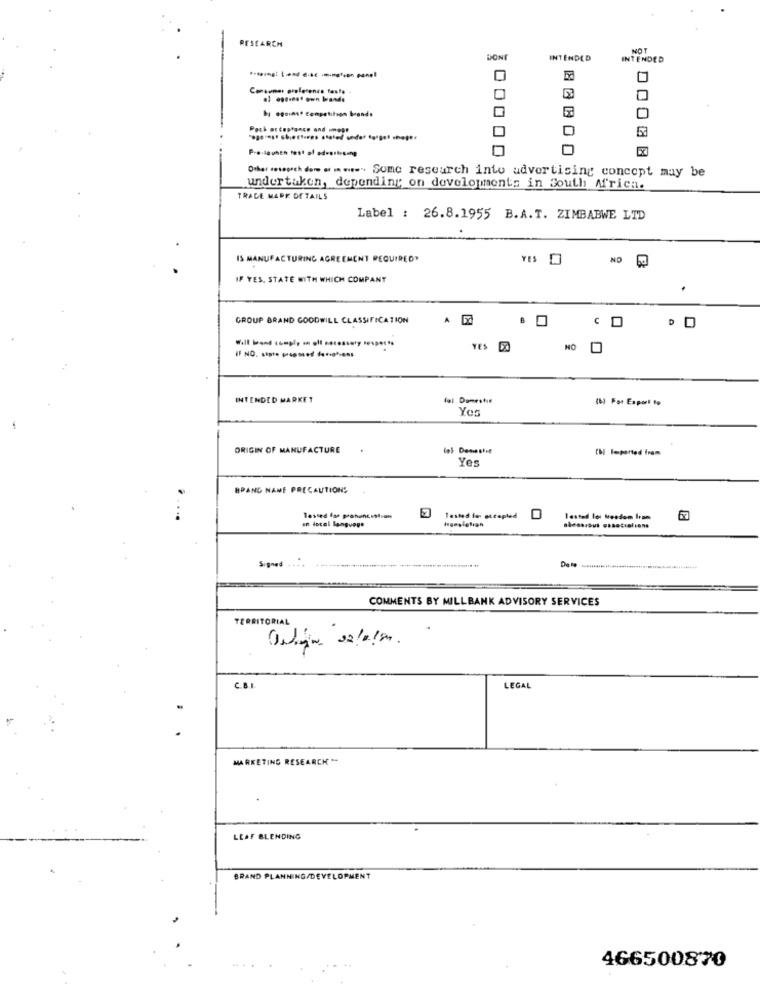
RESEARCH
NOT
DONE
INTENDED
INTENDED
Pach acceptance and west
Other monchio= ==..... Some research into advertising concept may be
undertaken, depending on developments in South Africa.
TRADE MARK DETAILS
Label : 26.8.1955 B.A.T. ZIMBABWE LTD
IS MANUFACTURING AGREEMENT REQUIRED"
YES D
NO 5
IF YES. STATE WITH WHICH COMPANT
GROUP BRAND GOODWILL CLASSIFICATION
A 5
YES DO
NO 0
INTENDED MARKET
fal Domestic
(6) For Export to
ORIGIN OF MANUFACTURE
CN Imported from
Yes
BRAND NAME PRECAUTIONS
en local language
Tested le accepted
Igeslelign
Tasted loi Meedem Iram
67
Signed
Dale
COMMENTS BY MILLBANK ADVISORY SERVICES
TERRITORIAL
C.B.
LEGAL
MARKETING RESEARCH **
LEAF BLENDING
BRAND PLANNING/DEVELOPMENT
466500870